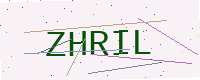
Text: ZHRIL